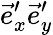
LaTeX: \vec{e}_{x}^{\prime}\vec{e}_{y}^{\prime}